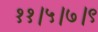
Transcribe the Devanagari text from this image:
११।५।७।९